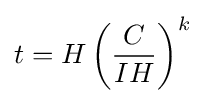
t=H\left({\frac {C}{IH}}\right)^{k}